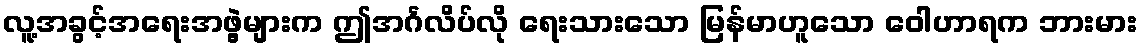
လူ့အခွင့်အရေးအဖွဲ့များက ဤအင်္ဂလိပ်လို ရေးသားသော မြန်မာဟူသော ဝေါဟာရက ဘားမား